Vaccination report Assam 1896-1927 - 1896-1927
Year: 1896
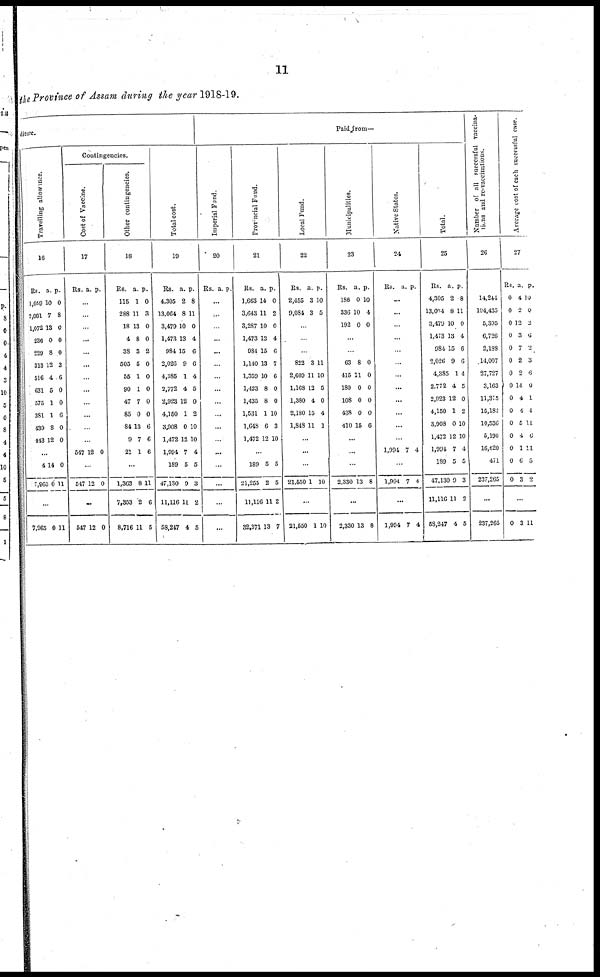
11
the Province of Assam during the year 1918-19.
diture.
Travelling allowance.
16
Rs.
1,059
2,061
1,072
236
229
313
516
631
575
381
430
443
a.
10
7
13
0
8
12
4
5
1
1
8
12
p.
0
8
0
0
0
3
6
0
0
6
0
0
...
4
7,965
14
0
0
11
...
7,965 0 11
Contingencies.
Cost of Vaccine.
17
Rs. a p
...
...
...
...
...
...
...
...
...
...
...
...
547 12 0
...
547 12 0
...
547 12 0
Other contingencies.
18
Rs.
115
288
18
4
38
505
55
90
47
85
84
9
21
a.
1
11
13
8
3
5
1
1
7
0
13
7
1
p.
0
3
0
0
2
0
0
0
0
0
6
6
6
...
1,363
7,353
8,716
8
2
11
11
6
6
Total cost.
19
Rs.
4,305
13,064
3,479
1,473
984
2,026
4,386
2,772
2,923
4,150
3,908
1,472
1,994
189
47,130
11,116
58,247
a.
2
8
10
13
15
9
1
4
12
1
0
12
7
5
9
11
4
p.
8
11
0
4
6
6
4
5
0
2
10
10
4
5
3
2
5
Paid from—
Imperial Fund.
20
Rs. a. p
...
...
...
...
...
...
...
...
...
..
...
...
...
...
...
...
...
Provincial Fund
21
Rs.
1,663
3,643
3,287
1,473
984
1,140
1,359
1,423
1,435
1,531
1,648
1,472
a.
14
11
10
13
15
13
10
8
8
1
6
12
p.
0
2
0
4
6
7
6
0
0
10
3
10
...
189
21,255
11,116
32,371
5
2
11
13
5
5
2
7
Local Fund.
22
Rs.
2,456
9,084
a
3
3
p.
10
0
...
...
...
822
2,609
1,168
1,380
2,180
1,848
3
11
12
4
15
11
11
10
5
0
4
1
...
...
...
21,550 1 10
...
21,550 1 10
Municipalities.
23
Rs.
186
336
192
a.
0
10
0
p
10
4
0
...
...
63
415
180
108
438
410
8
11
0
0
0
15
0
0
0
0
0
6
...
...
...
2,330 13 8
...
2,330 13 8
Native States.
24
Rs. a. p.
...
...
...
...
...
...
...
...
...
...
...
...
1,991 7 4
...
1,994 7 4
...
1,994 7 4
Total.
25
Rs.
4,305
13,014
3,479
1,473
984
2,026
4,385
2,772
2,923
4,150
3,908
1,472
1,994
189
47,130
11,116
53,247
a.
2
8
10
13
15
9
1
4
12
1
0
12
7
5
9
11
4
p.
8
11
0
4
6
6
4
5
0
2
10
10
4
5
3
2
5
Number of all successful vaccina-
tions and re-vaccinations.
26
14,244
104,435
5,395
6,726
2,188
14,007
27,727
3,163
11,375
15,182
10,536
5,196
16,620
471
237,265
...
237,265
Average cost of each successful case.
27
Rs.
0
0
0
0
0
0
0
0
0
0
0
0
0
0
0
a
4
2
12
3
7
2
2
14
4
4
5
4
1
6
3
p.
10
0
2
6
2
3
6
0
1
4
11
6
11
5
2
...
0 3 11